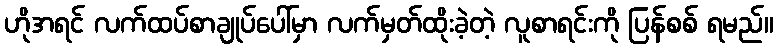
ဟိုအရင် လက်ထပ်စာချုပ်ပေါ်မှာ လက်မှတ်ထိုးခဲ့တဲ့ လူစာရင်းကို ပြန်စစ် ရမည်။